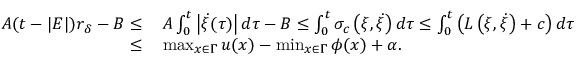
\begin{array} { r l } { A ( t - | E | ) r _ { \delta } - B \le } & { \, A \int _ { 0 } ^ { t } \left| \dot { \xi } ( \tau ) \right| d \tau - B \le \int _ { 0 } ^ { t } \sigma _ { c } \left( \xi , \dot { \xi } \right) d \tau \le \int _ { 0 } ^ { t } \left( L \left( \xi , \dot { \xi } \right) + c \right) d \tau } \\ { \le } & { \, \operatorname* { m a x } _ { x \in \Gamma } u ( x ) - \operatorname* { m i n } _ { x \in \Gamma } \phi ( x ) + \alpha . } \end{array}